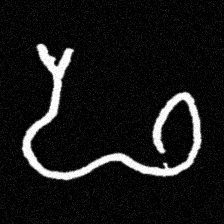
Pyu character \u2014 Myanmar letter: ဖ (romanized: pha)